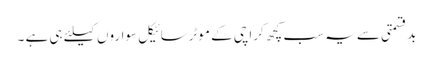
بدقسمتی سے یہ سب کچھ کراچی کے موٹرسائیکل سواروں کیلئے ہی ہے ۔